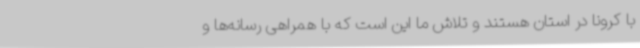
با کرونا در استان هستند و تلاش ما این است که با همراهی رسانه‌ها و